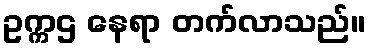
ဥက္ကဌ နေရာ တက်လာသည်။